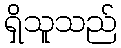
ရှိသူသည်